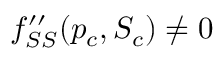
f _ { S S } ^ { \prime \prime } ( p _ { c } , S _ { c } ) \neq 0